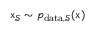
\mathbf { \boldsymbol { x } } _ { \mathcal { S } } \sim p _ { \mathrm { d a t a } , \mathcal { S } } ( \mathbf { \boldsymbol { x } } )